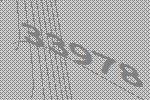
33978